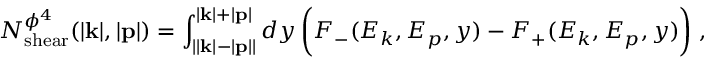
N _ { \mathrm { s h e a r } } ^ { \phi ^ { 4 } } ( | { \bf k } | , | { \bf p } | ) = \int _ { \left| | { \bf k } | { - } | { \bf p } | \right| } ^ { | { \bf k } | { + } | { \bf p } | } d y \, \bigg ( F _ { - } ( E _ { k } , E _ { p } , y ) - F _ { + } ( E _ { k } , E _ { p } , y ) \bigg ) \; ,